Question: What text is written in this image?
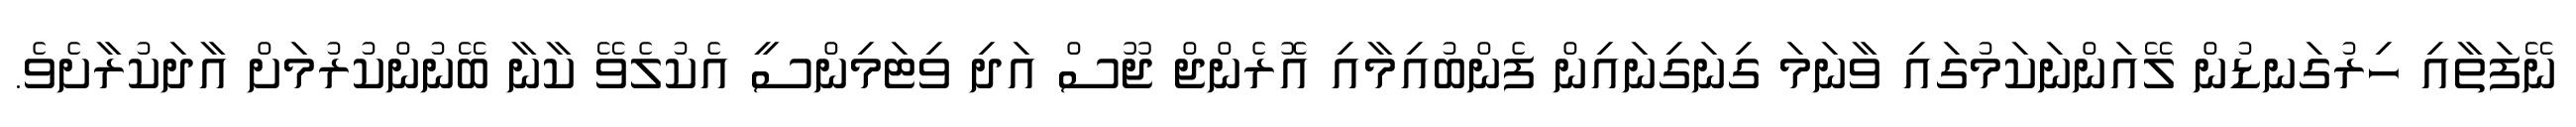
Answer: ނޭފަތާއި ހިރުގަނޑުން ލޭއަންނަކަމުގައި ވާނަމަ ގިނަގިނައިން ފެންބުއިމާއި އޮރެންޖް ޖޫސް އަދި ވިޓަމިންސީ އެކުލެވޭ ކާނާ ބޭނުންކުރުމަށް އާދަކުރާށެވެ.